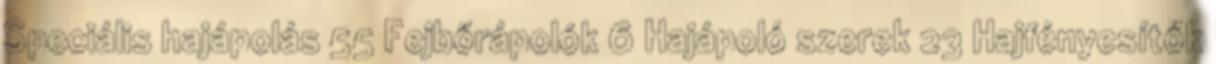
Speciális hajápolás 55 Fejbőrápolók 6 Hajápoló szerek 23 Hajfényesítők